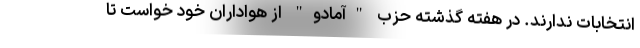
انتخابات ندارند. در هفته گذشته حزب "آمادو" از هواداران خود خواست تا